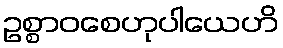
ဥစ္စာဝစေဟုပါယေဟိ